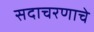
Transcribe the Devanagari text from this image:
सदाचरणाचे